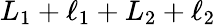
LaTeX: L_{1}+\ell_{1}+L_{2}+\ell_{2}